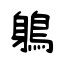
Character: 鵢